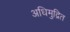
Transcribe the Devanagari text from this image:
अधिमुद्रित